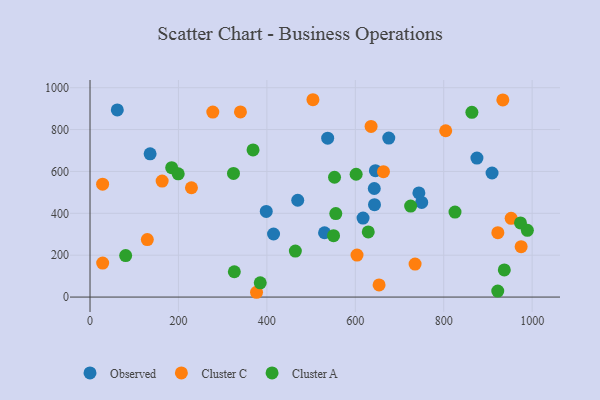
{"axis": {"x": "Speed", "y": "Salary"}, "legend": ["Cluster A", "Cluster C", "Observed"], "data": [{"x": "469.8", "y": 462.5, "type": "Observed"}, {"x": "61.7", "y": 893.9, "type": "Observed"}, {"x": "398.6", "y": 408.9, "type": "Observed"}, {"x": "530.4", "y": 307.3, "type": "Observed"}, {"x": "643.4", "y": 441.4, "type": "Observed"}, {"x": "675.7", "y": 759.3, "type": "Observed"}, {"x": "750.2", "y": 452.0, "type": "Observed"}, {"x": "645.5", "y": 603.8, "type": "Observed"}, {"x": "909.3", "y": 592.5, "type": "Observed"}, {"x": "743.8", "y": 497.2, "type": "Observed"}, {"x": "617.5", "y": 377.5, "type": "Observed"}, {"x": "875.1", "y": 664.0, "type": "Observed"}, {"x": "415.1", "y": 301.2, "type": "Observed"}, {"x": "642.9", "y": 518.5, "type": "Observed"}, {"x": "537.5", "y": 759.1, "type": "Observed"}, {"x": "135.9", "y": 684.0, "type": "Observed"}, {"x": "635.7", "y": 814.9, "type": "Cluster C"}, {"x": "663.7", "y": 599.1, "type": "Cluster C"}, {"x": "28.6", "y": 162.2, "type": "Cluster C"}, {"x": "277.7", "y": 883.7, "type": "Cluster C"}, {"x": "603.9", "y": 200.7, "type": "Cluster C"}, {"x": "28.5", "y": 539.3, "type": "Cluster C"}, {"x": "804.5", "y": 794.3, "type": "Cluster C"}, {"x": "952.5", "y": 376.1, "type": "Cluster C"}, {"x": "922.4", "y": 307.6, "type": "Cluster C"}, {"x": "163.1", "y": 554.0, "type": "Cluster C"}, {"x": "735.2", "y": 157.7, "type": "Cluster C"}, {"x": "933.7", "y": 941.4, "type": "Cluster C"}, {"x": "229.4", "y": 522.1, "type": "Cluster C"}, {"x": "504.2", "y": 942.5, "type": "Cluster C"}, {"x": "376.6", "y": 22.9, "type": "Cluster C"}, {"x": "975.1", "y": 240.9, "type": "Cluster C"}, {"x": "340.2", "y": 884.0, "type": "Cluster C"}, {"x": "653.8", "y": 57.8, "type": "Cluster C"}, {"x": "129.6", "y": 274.4, "type": "Cluster C"}, {"x": "184.7", "y": 617.8, "type": "Cluster A"}, {"x": "80.6", "y": 198.1, "type": "Cluster A"}, {"x": "550.8", "y": 293.0, "type": "Cluster A"}, {"x": "199.5", "y": 588.4, "type": "Cluster A"}, {"x": "825.5", "y": 406.0, "type": "Cluster A"}, {"x": "324.5", "y": 590.7, "type": "Cluster A"}, {"x": "385.0", "y": 68.0, "type": "Cluster A"}, {"x": "553.0", "y": 572.3, "type": "Cluster A"}, {"x": "863.7", "y": 882.4, "type": "Cluster A"}, {"x": "989.2", "y": 318.9, "type": "Cluster A"}, {"x": "368.7", "y": 702.6, "type": "Cluster A"}, {"x": "937.0", "y": 129.7, "type": "Cluster A"}, {"x": "464.4", "y": 219.7, "type": "Cluster A"}, {"x": "555.9", "y": 398.8, "type": "Cluster A"}, {"x": "629.3", "y": 310.9, "type": "Cluster A"}, {"x": "973.6", "y": 354.3, "type": "Cluster A"}, {"x": "601.9", "y": 586.6, "type": "Cluster A"}, {"x": "922.2", "y": 28.5, "type": "Cluster A"}, {"x": "326.4", "y": 121.0, "type": "Cluster A"}, {"x": "725.2", "y": 434.8, "type": "Cluster A"}]}